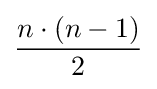
{\frac {n\cdot (n-1)}{2}}